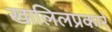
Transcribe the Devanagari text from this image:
खालिलप्रकारे